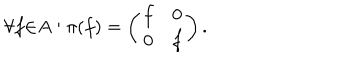
{ \forall } f { \in } A : { \pi } ( f ) = \left( \begin{array} { c c } { { f } } & { { 0 } } \\ { { 0 } } & { { f } } \\ \end{array} \right) .